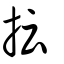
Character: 抎